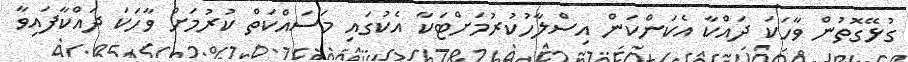
ގުޅޭގޮތުން ވާހަކަ ދައްކާ އެކަންކަން އިސްލާހުކުރުމަށްޓަކާ އެކުގައި މަސައްކަތް ކުރުމަށް ވާހަކަ ދައްކާފައިވާ